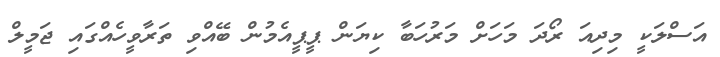
އަސްލަކީ މިދިއަ ރޯދަ މަހަށް މަރުހަބާ ކިޔަން ޕީޕީއެމުން ބޭއްވި ތަރާވީހެއްގައި ޖަމީލް